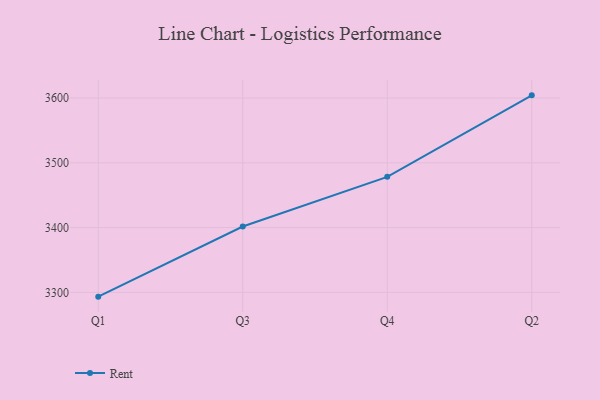
{"axis": {"x": "Quarter", "y": "Production Output"}, "legend": ["Rent"], "data": [{"x": "Q1", "y": 3293.4, "type": "Rent"}, {"x": "Q3", "y": 3401.7, "type": "Rent"}, {"x": "Q4", "y": 3478.4, "type": "Rent"}, {"x": "Q2", "y": 3604.2, "type": "Rent"}]}